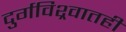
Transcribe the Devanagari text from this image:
दुर्गविश्र्वातही